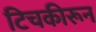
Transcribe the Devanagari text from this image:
टिचकीरून